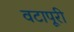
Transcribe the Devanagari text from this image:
वटापूरी